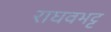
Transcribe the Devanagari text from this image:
राघवभट्ट